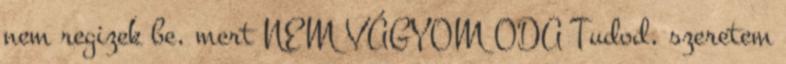
nem regizek be, mert NEM VÁGYOM ODA Tudod, szeretem